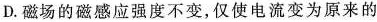
D.磁场的磁感应强度不变，仅使电流变为原来的